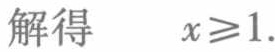
解得 \(\quad x\geqslant1\).